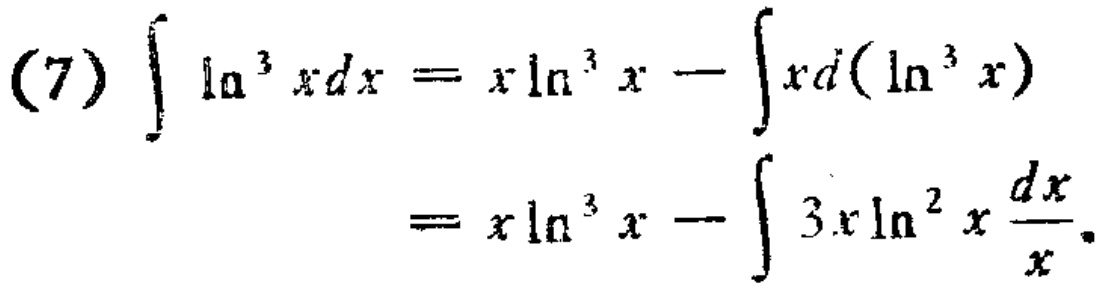
\[(7) \int \ln^{3} xdx = x\ln^{3} x - \int xd(\ln^{3} x) \\

= x\ln^{3} x - \int 3x\ln^{2} x \frac{dx}{x}\]